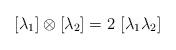
LaTeX: \begin{align*}[\lambda _1] \otimes [\lambda _2] = 2 \ [\lambda _1\lambda_2] \end{align*}